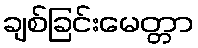
ချစ်ခြင်းမေတ္တာ